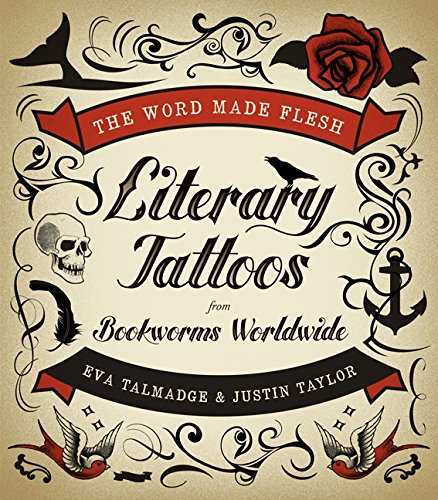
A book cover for The Word Made Flesh: Literary Tattoos from Bookworms Worldwide; Eva Talmadge; Arts & Photography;